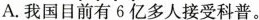
A.我国目前有6亿多人接受科普。